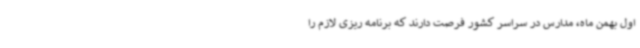
اول بهمن ماه، مدارس در سراسر کشور فرصت دارند که برنامه ریزی لازم را